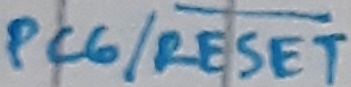
Text: PC6/RESET